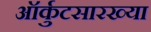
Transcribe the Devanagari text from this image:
ऑर्कुटसारख्या